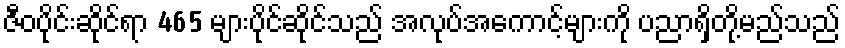
ဇီဝပိုင်းဆိုင်ရာ 465 များပိုင်ဆိုင်သည် အလုပ်အကောင့်များကို ပညာရှိတို့မည်သည်